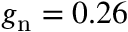
g _ { \mathrm { n } } = 0 . 2 6